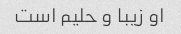
او زیبا و حلیم است